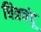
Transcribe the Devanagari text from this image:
चित्रचंपू